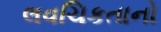
લવચિકતાનો